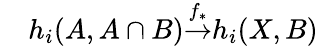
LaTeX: {}\quad h_{i}(A,A\cap B){\overset{f_{*}}{\to}}h_{i}(X,B)